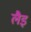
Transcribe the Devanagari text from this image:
लैइ